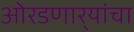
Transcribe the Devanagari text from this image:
ओरडणार्‍यांचा